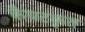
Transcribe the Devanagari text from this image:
कैयटकृत